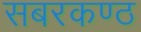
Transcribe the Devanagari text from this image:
सबरकण्ठ